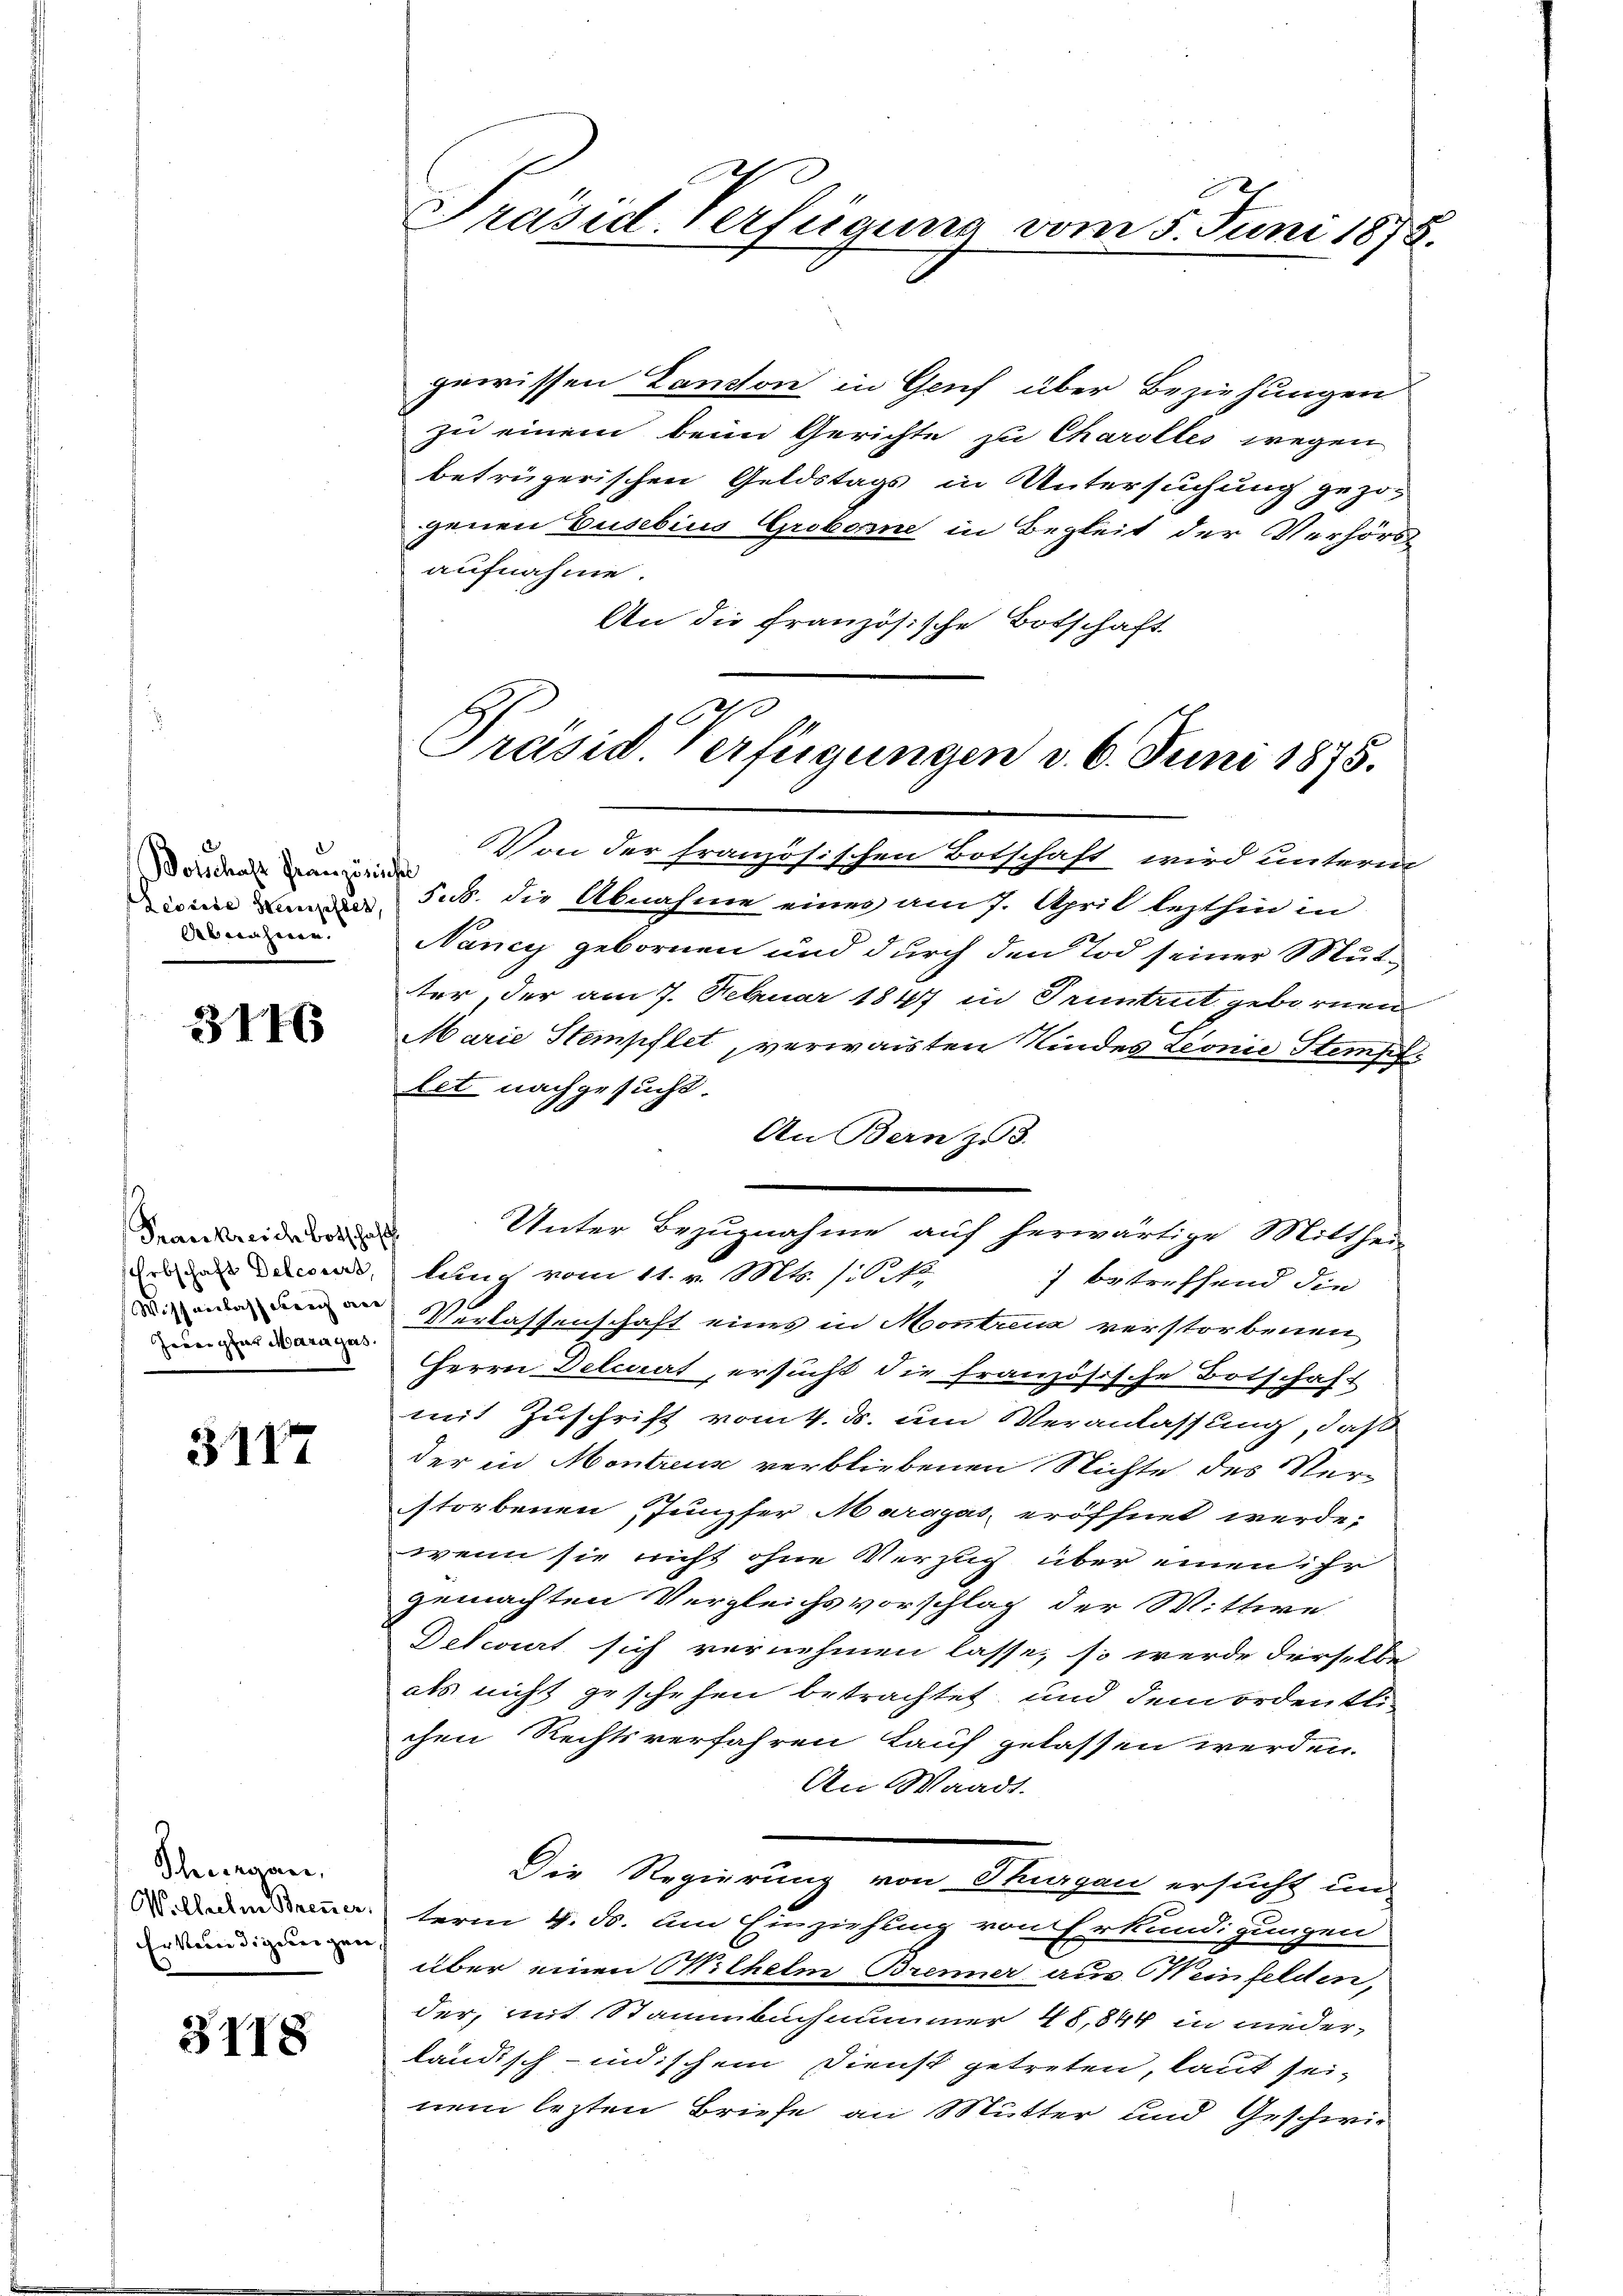
olschaft Granzösische
Abnahme.

3116

Frankreide botschaft
Jeder par Mariges.

3117

Schurgau,
Wilhelm Brenner
Erkennedigeneigen |

3118

gewissen Kanton in Genf über Beziehungen
zu einem beim Gerichte zu Charolles wegen
betrügerischen Geldstags in Untersuchung gezo-
genen Gusebius Groborne in Begleit der Verhörs
aufnahme.
An die französische Botschaft

Von der französischen Botschaft wird unterm
 sub. die Abnahme eines am 7. April lezthin in
Nancy gebornen und durch den Tod seiner Mutter, der am 7. Februar 1847 in Truntrut gebornen
Marie Stempflet, verwaisten Kindes Leonie Stempellet nachgesucht.
An Bern z 3.
Unter Bezugnahme auf herwärtige Mittheil
Erbschaft Deter, lung vom 11. v. Mt. /:6 fr.
) betreffend die
 Verlassenschaft eines in Montana verstorbenen
Herrn Delcaat, ersucht die französische Botschaft
mit Zuschrift vom 4. ds. um Veranlassung, daß
der in Montreux verbliebenen Nichte des Ver-
storbenen Jungfer Maragas, eröffnet werde,
wenn sie nicht ohne Verzug über einen ihr
gemachten Vergleichsvorschlag der Wittwe
Deteriert sich vernehmen lasse, so werde derselbe
als nicht geschehen betrachtet, und dem ordentli
chen Rechtsverfahren Lauf gelassen werden.
An Waadt.
Die Regierung von Thurgau ersucht und
term 4. ds. um Einziehung von Erkundigungen.
über einen Wilhelm Brenner aus (Weinfelden,
der, mit Stammbuchammer 48,844 in nieder-
ländisch-indischem Dienst getreten, laut seinem lezten Briefe an Mutter und Geschwie¬

Präsid. Verfügung vom 5. Juni 1875.

Präsid. Verfügungen v. 6. Juni 1875.